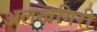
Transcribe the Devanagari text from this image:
अलखगिरी